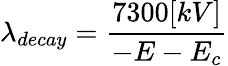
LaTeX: \lambda_{decay}=\frac{7300[kV]}{-E-E_{c}}